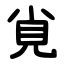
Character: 覍